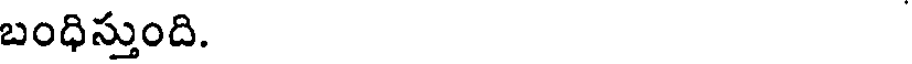
బంధిస్తుంది.